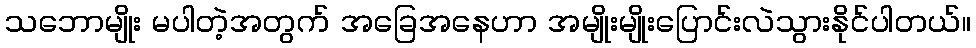
သဘောမျိုး မပါတဲ့အတွက် အခြေအနေဟာ အမျိုးမျိုးပြောင်းလဲသွားနိုင်ပါတယ်။